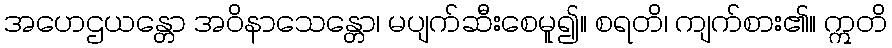
အဟေဌယန္တော အဝိနာသေန္တော၊ မပျက်ဆီးစေမူ၍။ စရတိ၊ ကျက်စား၏။ ဣတိ